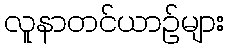
လူနာတင်ယာဉ်များ